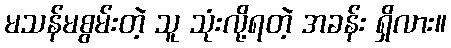
မသန်မစွမ်းတဲ့ သူ သုံးလို့ရတဲ့ အခန်း ရှိလား။